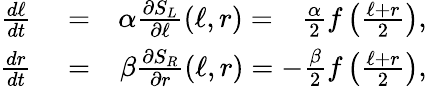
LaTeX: \begin{array}{rlr}{\frac{d\ell}{dt}}&{{}=}&{\alpha\frac{\partial S_{L}}{\partial\ell}(\ell,r)=~~~\frac{\alpha}{2}f\left(\frac{\ell+r}{2}\right),}\\ {\frac{dr}{dt}}&{{}=}&{\beta\frac{\partial S_{R}}{\partial r}(\ell,r)=-\frac{\beta}{2}f\left(\frac{\ell+r}{2}\right),}\end{array}